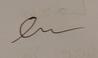
Signature authenticity: forged